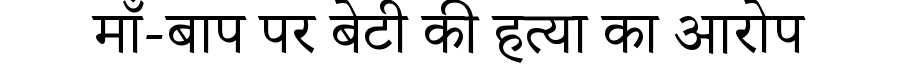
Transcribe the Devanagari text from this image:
माँ-बाप पर बेटी की हत्या का आरोप